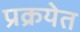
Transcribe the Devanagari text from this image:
प्रक्रयेत